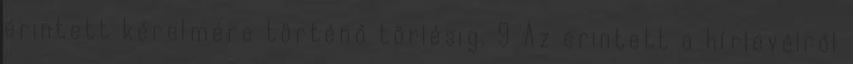
érintett kérelmére történő törlésig. 9 Az érintett a hírlevélről